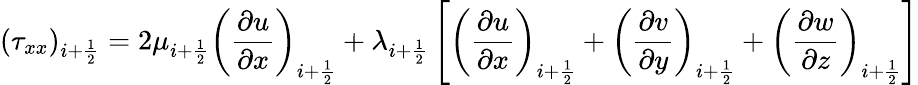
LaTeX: (\tau_{xx})_{i+\frac{1}{2}}=2\mu_{i+\frac{1}{2}}\left(\frac{\partial u}{\partial x}\right)_{i+\frac{1}{2}}+\lambda_{i+\frac{1}{2}}\left[\left(\frac{\partial u}{\partial x}\right)_{i+\frac{1}{2}}+\left(\frac{\partial v}{\partial y}\right)_{i+\frac{1}{2}}+\left(\frac{\partial w}{\partial z}\right)_{i+\frac{1}{2}}\right]